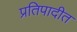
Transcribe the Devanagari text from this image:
प्रतिपादीत